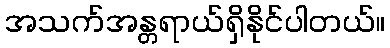
အသက်အန္တရာယ်ရှိနိုင်ပါတယ်။